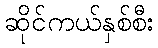
ဆိုင်ကယ်နှစ်စီး